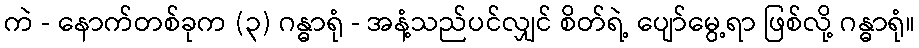
ကဲ - နောက်တစ်ခုက (၃) ဂန္ဓာရုံ - အနံ့သည်ပင်လျှင် စိတ်ရဲ့ ပျော်မွေ့ရာ ဖြစ်လို့ ဂန္ဓာရုံ။